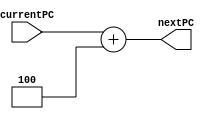
module PCIncrement(currentPC, nextPC);
	input [31:0] currentPC;
	output reg[31:0] nextPC;
	
	always@(*)
		begin
		nextPC = currentPC + 4;
		end
endmodule